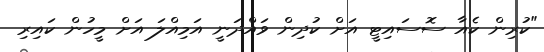
"ކުރިން ކެއާ ސޮސައިޓީ އަށް ކުދިން ވައްދަނީ އަމިއްލަ އަށް މީހުން ކައިރި